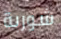
شوربة